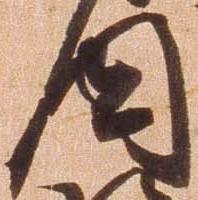
国